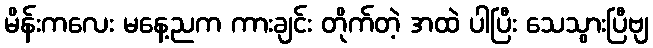
မိန်းကလေး မနေ့ညက ကားချင်း တိုက်တဲ့ အထဲ ပါပြီး သေသွားပြီဗျ